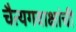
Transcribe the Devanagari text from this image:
चैत्यगवाक्षांची